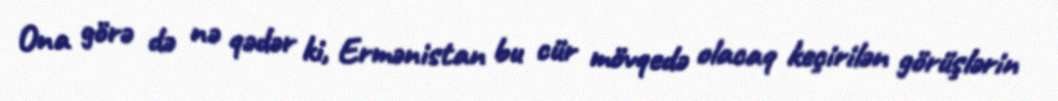
Ona görə də nə qədər ki, Ermənistan bu cür mövqedə olacaq keçirilən görüşlərin